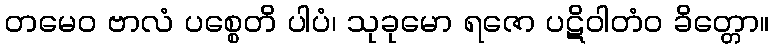
တမေဝ ဗာလံ ပစ္စေတိ ပါပံ၊ သုခုမော ရဇော ပဋိဝါတံဝ ခိတ္တော။